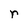
Character: r